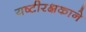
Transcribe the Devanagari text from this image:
यष्टीरक्षकाने